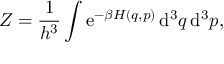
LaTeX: Z = { \frac { 1 } { h ^ { 3 } } } \int \mathrm { e } ^ { - \beta H ( q , p ) } \, \mathrm { d } ^ { 3 } q \, \mathrm { d } ^ { 3 } p ,